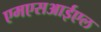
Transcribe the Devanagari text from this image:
एमएसआईएल